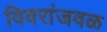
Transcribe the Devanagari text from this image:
विवरांजवळ